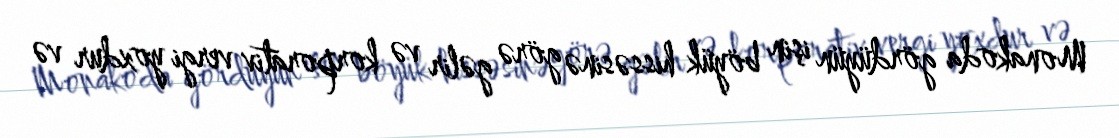
Monakoda gördüyün işin böyük hissəsinə görə gəlir və korporativ vergi yoxdur və